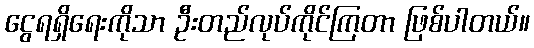
ငွေရရှိရေးကိုသာ ဦးတည်လုပ်ကိုင်ကြတာ ဖြစ်ပါတယ်။